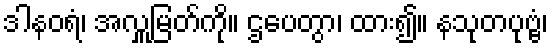
ဒါနဝရံ၊ အလှူမြတ်ကို။ ဌပေတွာ၊ ထား၍။ နသုတပုဗ္ဗံ၊